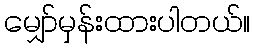
မျှော်မှန်းထားပါတယ်။